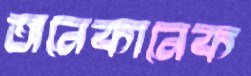
অনেকানেক